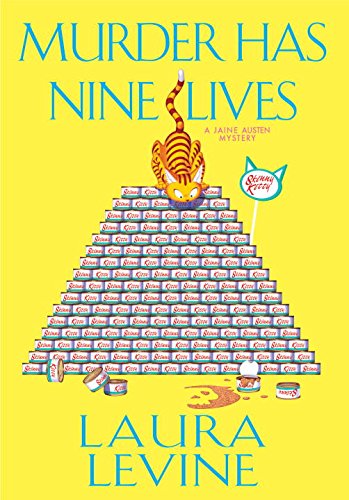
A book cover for Murder Has Nine Lives (A Jaine Austen Mystery); Laura Levine; Mystery, Thriller & Suspense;